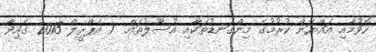
ހޮވުމާއި އައްޔަން ކުރުމުގެ މިންގަނޑުތަކާއި އުސޫލުތައް  1 އެޕްރީލް 2013 ގައިވާ